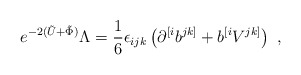
\begin{align*}e^{-2(\tilde{U}+\tilde{\Phi})} \Lambda = {1 \over 6}\epsilon_{ijk}\left(\partial^{[i}b^{jk]} + b^{[i}V^{jk]} \right)\ , \end{align*}